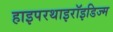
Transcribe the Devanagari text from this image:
हाइपरथाइरॉइडिज्म